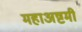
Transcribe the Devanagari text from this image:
महाअष्टमी